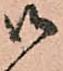
御